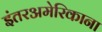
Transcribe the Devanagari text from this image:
इंतरअमेरिकाना